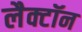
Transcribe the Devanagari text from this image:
लैक्टॉन